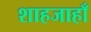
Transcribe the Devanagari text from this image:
शाहजाहाँ